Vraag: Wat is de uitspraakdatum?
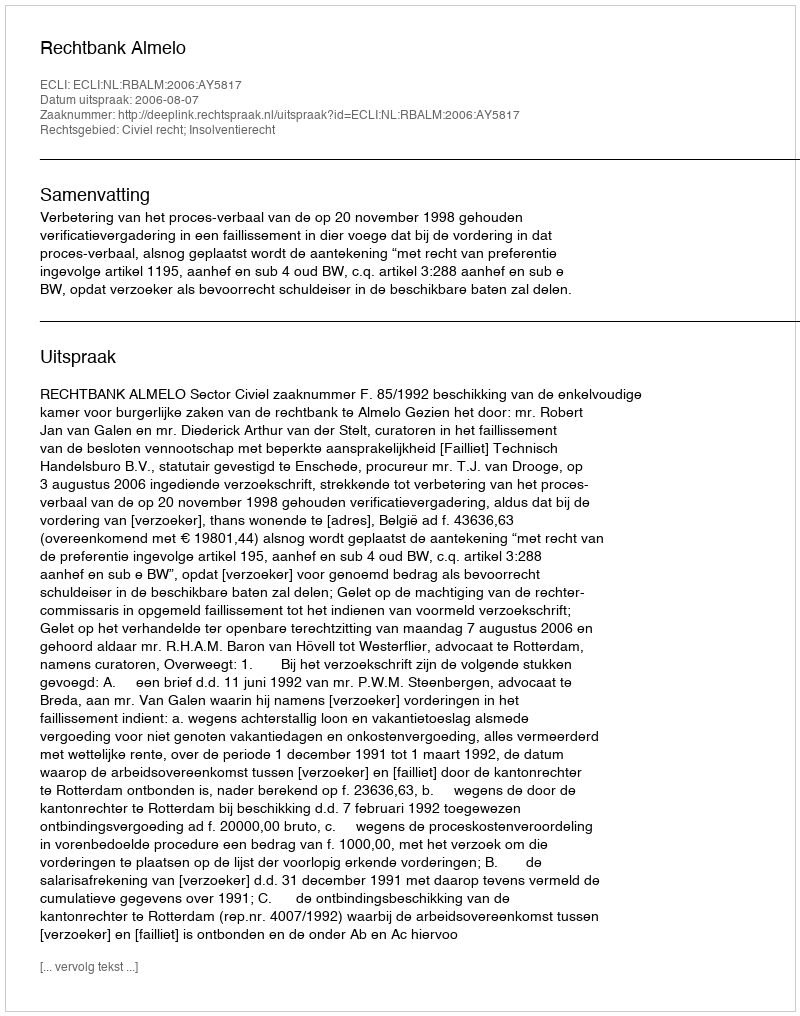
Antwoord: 2006-08-07